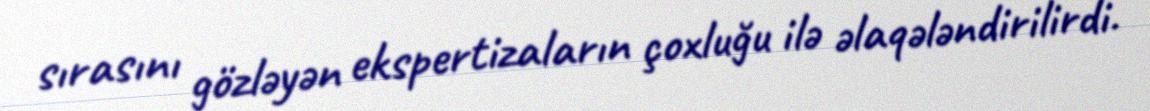
sırasını gözləyən ekspertizaların çoxluğu ilə əlaqələndirilirdi.